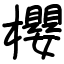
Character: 櫻